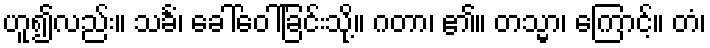
ဟူ၍လည်း။ သင်္ခံ၊ ခေါ်ဝေါ်ခြင်းသို့။ ဂတာ၊ ၏။ တသ္မာ၊ ကြောင့်။ တံ၊